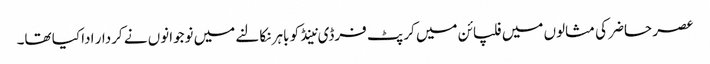
عصر حاضر کی مثالوں میں فلپائن میں کرپٹ فرڈی نینڈ کو باہر نکالنے میں نوجوانوں نے کردار ادا کیا تھا۔